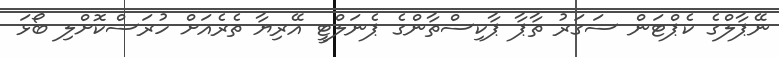
ނޭޕާލްގެ ކެޕްޓަން ސަގަރު ތާޕާ ޕާކިސްތާންގެ ޕެނަލްޓީ އޭރިޔާ ތެރެއަށް ހުރަސްކޮށްލި ބޯޅަ